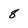
Character: 8